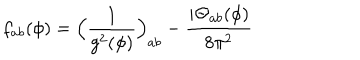
f _ { a b } ( \phi ) = \Big ( \frac { 1 } { g ^ { 2 } ( \phi ) } \Big ) _ { a b } - \frac { i \mathrm { \Theta } _ { a b } ( \phi ) } { 8 \pi ^ { 2 } }